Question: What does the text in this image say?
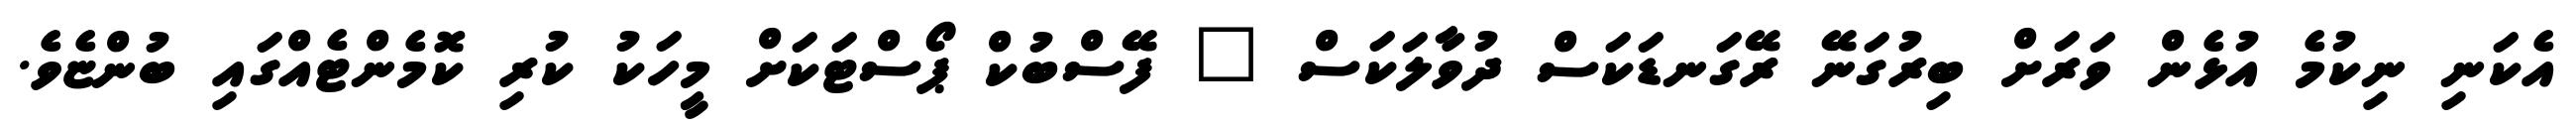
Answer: އެކަނި ނިކުމެ އުޅެން ވަރަށް ބިރުގަނޭ ރޭގަނޑަކަސް ދުވާލަކަސް " ފޭސްބުކް ޕޯސްޓަކަށް މީހަކު ކުރި ކޮމެންޓެއްގައި ބުންޏެވެ.